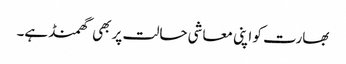
بھارت کو اپنی معاشی حالت پر بھی گھمنڈ ہے۔